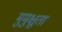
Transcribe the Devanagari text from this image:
मुमुक्षुता